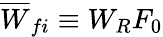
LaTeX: \overline{{W}}_{fi}\equiv W_{R}F_{0}